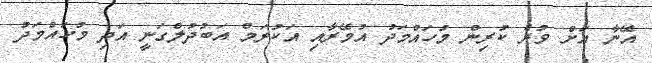
އޭނާ އަށް ވުރެ ކުރިން މުހައްމަދު އުމޭރާއި އަކުރަމް އަބުދުލްގަނީ އަދި މުހައްމަދު